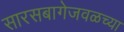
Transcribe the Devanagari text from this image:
सारसबागेजवळच्या